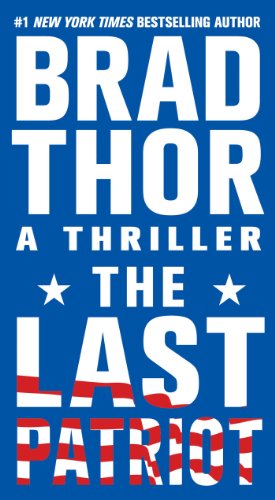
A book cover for The Last Patriot: A Thriller (The Scot Harvath Series); Brad Thor; Literature & Fiction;